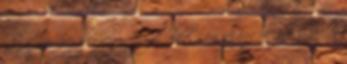
nagy szerebcséje, hogy egyik oldal sem akarja megoldani ezt